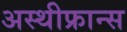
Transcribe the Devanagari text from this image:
अस्थीफ्रान्स